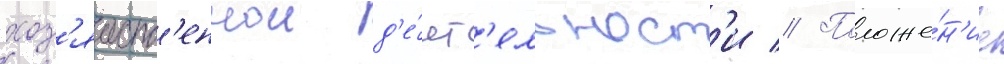
хоз'яиств'еннои д'е́ят'ельност'и // Положе́н'ие